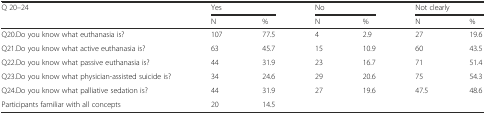
<table><thead><tr><td rowspan="2"><b>Q 20–24</b></td><td colspan="2"><b>Yes</b></td><td colspan="2"><b>No</b></td><td colspan="2"><b>Not clearly</b></td></tr><tr><td><b>N</b></td><td><b>%</b></td><td><b>N</b></td><td><b>%</b></td><td><b>N</b></td><td><b>%</b></td></tr></thead><tbody><tr><td>Q20.Do you know what euthanasia is?</td><td>107</td><td>77.5</td><td>4</td><td>2.9</td><td>27</td><td>19.6</td></tr><tr><td>Q21.Do you know what active euthanasia is?</td><td>63</td><td>45.7</td><td>15</td><td>10.9</td><td>60</td><td>43.5</td></tr><tr><td>Q22.Do you know what passive euthanasia is?</td><td>44</td><td>31.9</td><td>23</td><td>16.7</td><td>71</td><td>51.4</td></tr><tr><td>Q23.Do you know what physician-assisted suicide is?</td><td>34</td><td>24.6</td><td>29</td><td>20.6</td><td>75</td><td>54.3</td></tr><tr><td>Q24.Do you know what palliative sedation is?</td><td>44</td><td>31.9</td><td>27</td><td>19.6</td><td>47.5</td><td>48.6</td></tr><tr><td>Participants familiar with all concepts</td><td>20</td><td>14.5</td><td></td><td></td><td></td><td></td></tr></tbody></table>